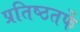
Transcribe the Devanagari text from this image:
प्रतिष्ठतर्फे